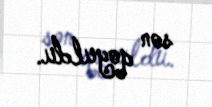
son qoyuldu.